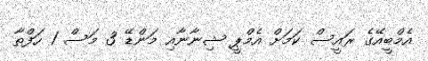
އެމްބީއޭގެ ރައީސް ކަމަށް އެމްޕީ ޝިނާނާއި މަންޑޭ 3 މަސް 1 ހަފްތާ